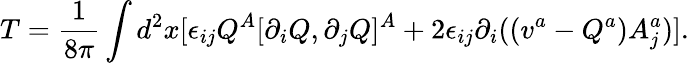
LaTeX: T=\frac{1}{8\pi}\int d^{2}x[\epsilon_{ij}Q^{A}[\partial_{i}Q,\partial_{j}Q]^{A}+2\epsilon_{ij}\partial_{i}((v^{a}-Q^{a})A_{j}^{a})].